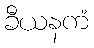
ခီယနကံ